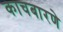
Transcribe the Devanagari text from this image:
काचबारणे